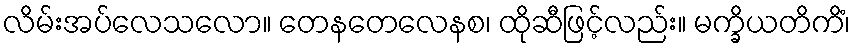
လိမ်းအပ်လေသလော။ တေနတေလေနစ၊ ထိုဆီဖြင့်လည်း။ မက္ခိယတိကိံ၊